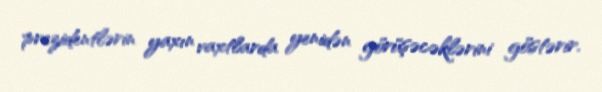
prezidentlərin yaxın vaxtlarda yenidən görüşəcəklərini göstərir.